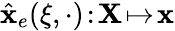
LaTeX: \hat{\mathbf x}_{e}(\xi,\cdot)\! :\! {\mathbf X}\! \mapsto\! {\mathbf x}